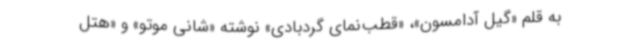
به قلم «گیل آدامسون»، «قطب‌نمای گردبادی» نوشته «شانی موتو» و «هتل